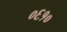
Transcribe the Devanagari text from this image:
०६१०